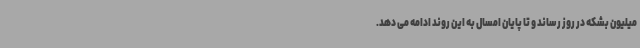
میلیون بشکه در روز رساند و تا پایان امسال به این روند ادامه می دهد.